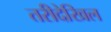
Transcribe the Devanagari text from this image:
तरीदेखिल